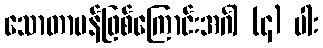
သောတာပန်ဖြစ်ကြောင်းအင်္ဂါ (၄) ပါး